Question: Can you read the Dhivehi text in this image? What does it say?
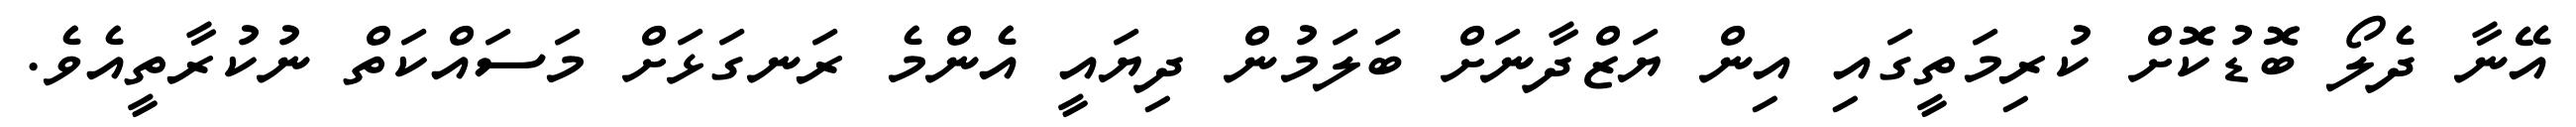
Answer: އޭނާ ދެލޯ ބޮޑުކޮށް ކުރިމަތީގައި އިން ޔަޒްދާނަށް ބަލަމުން ދިޔައީ އެންމެ ރަނގަޅަށް މަސައްކަތް ނުކުރާތީއެވެ.